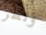
ونظر